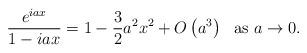
LaTeX: \begin{align*}\frac{e^{i a x}}{1-iax}=1-\frac{3}{2}a^2x^2+O\left(a^3\right) \ \textnormal{ as } a \to 0.\end{align*}